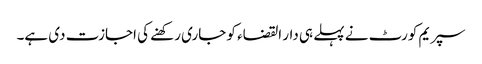
سپریم کورٹ نے پہلے ہی دار القضاء کو جاری رکھنے کی اجازت دی ہے۔